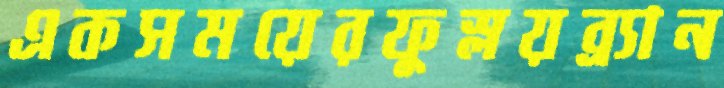
একসময়েরফুস্‌লয়ব্র্যান